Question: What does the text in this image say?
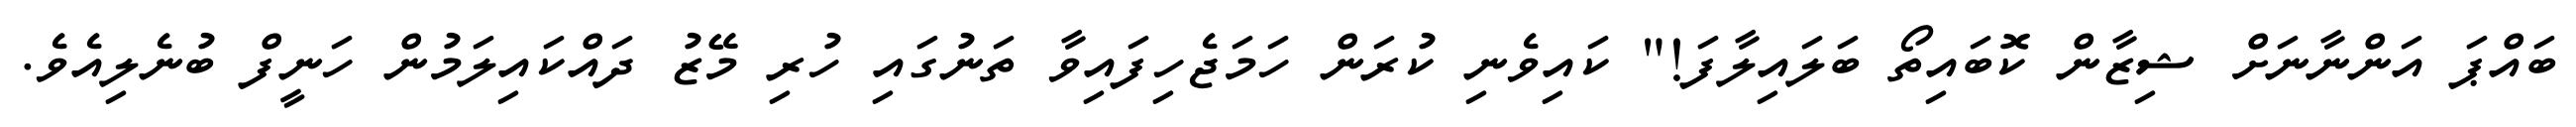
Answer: ބައްޕަ އަންނާނަށް ޝިޒާން ކޮބައިތޯ ބަލައިލާފަ!" ކައިވެނި ކުރަން ހަމަޖެހިފައިވާ ތަނުގައި ހުރި މޭޒު ދައްކައިލަމުން ހަނީފް ބުނެލިއެވެ.